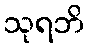
သုရဘိ